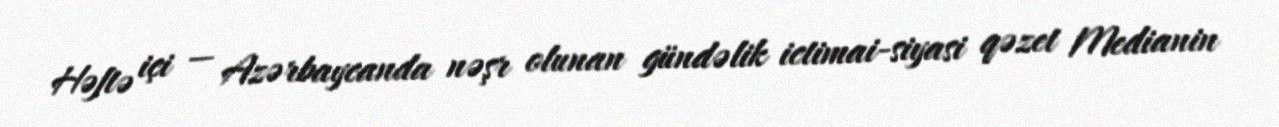
Həftə içi — Azərbaycanda nəşr olunan gündəlik ictimai-siyasi qəzet Medianin